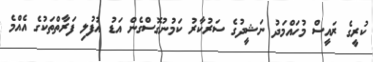
ކުރީގެ ރައީސް މުހައްމަދު ނަޝީދުގެ ސަރުކާރު ކަމުނުގޮސްގެން އަޑު އުފުލި ފަރާތްތަކުގެ އެއްމެ